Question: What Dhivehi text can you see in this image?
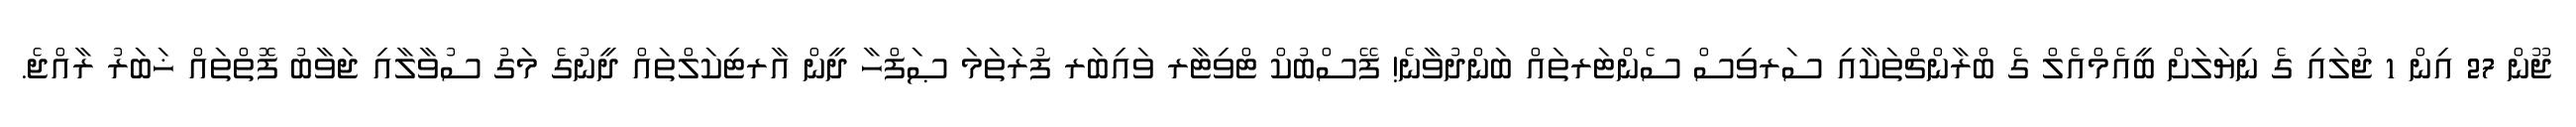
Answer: ޖޫން 27 އިން 1 ޖުލައި ގެ ނިޔަލަށް ބީއެމްއެލް ގެ ބްރާންޗްތަކާއި ސަރވިސް ސެންޓަރތައް ބަންދުވާނެ! ފޭސްބުކް ޓްވިޓާރ ވައިބަރ ފުރަތަމަ ޞަފްހާ ދީން އާރޓިކަލްތައް ދީނުގެ މަގު ސުވާލާއި ޖަވާބު ފޮތްތައް ޚަބަރު ރާއްޖެ.